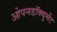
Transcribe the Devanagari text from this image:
ओपनडॉक्युमेंट